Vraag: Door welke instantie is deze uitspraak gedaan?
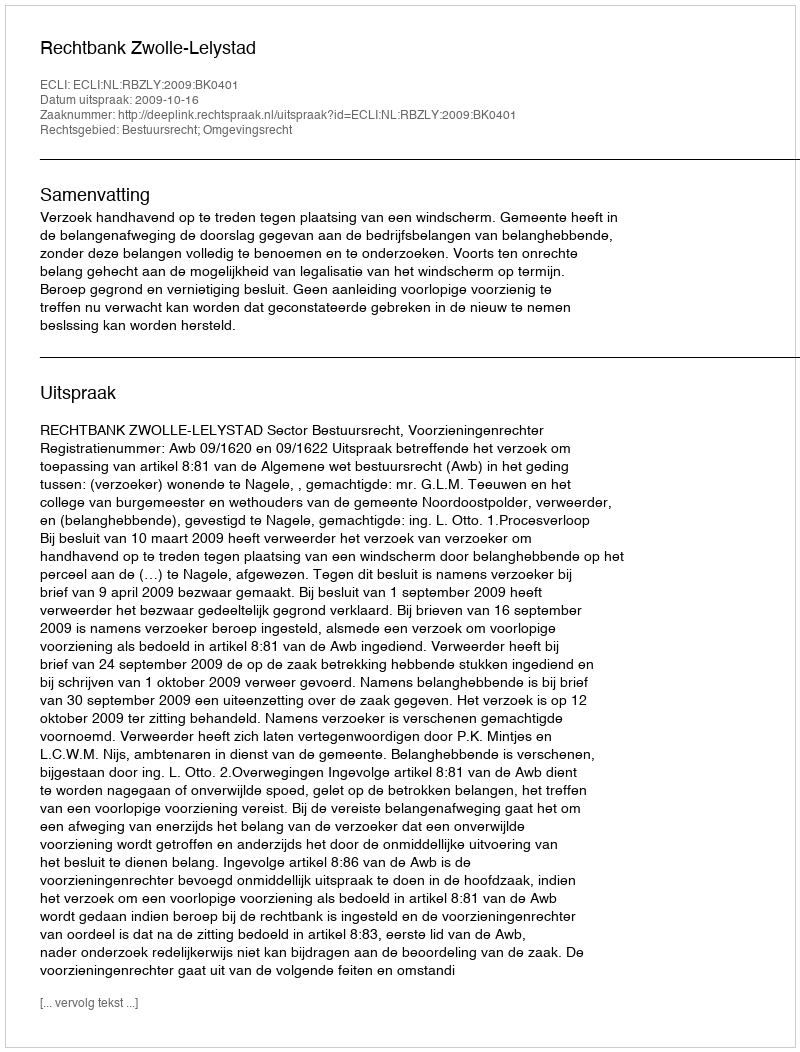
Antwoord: Rechtbank Zwolle-Lelystad